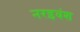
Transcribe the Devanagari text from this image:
नरइवंश